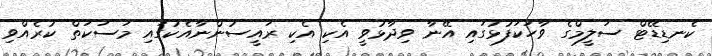
ކެނޑިޑޭޓް ސަލީމްގެ ވާހަކަފުޅުގައި އޭނާ ވިދާޅުވީ އެކި އެކި ރައީސުންނާއެކުގައި މަސަކަތް ކުރެއްވި